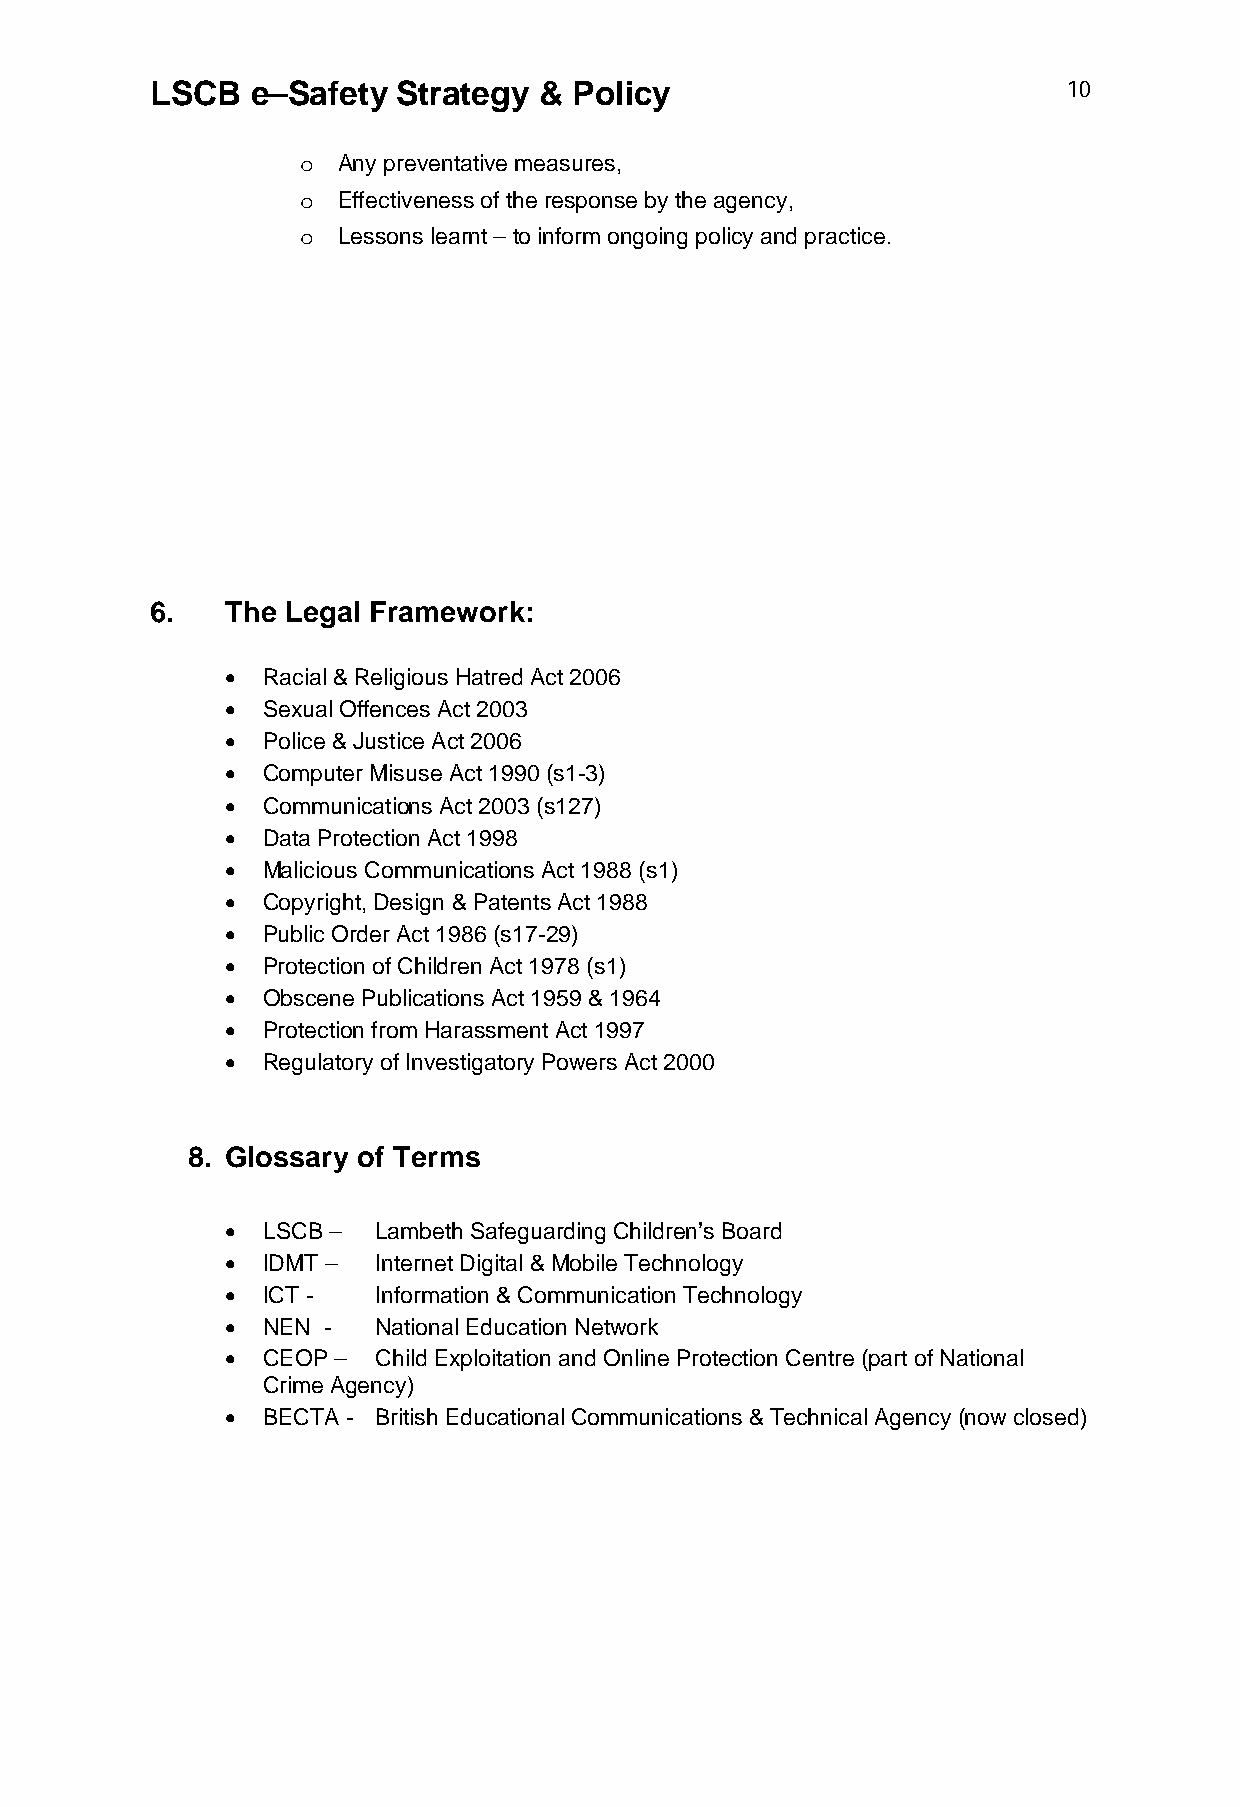
LSCB   e–Safety Strategy  & Policy                           10
 o Any preventative measures,
 o Effectiveness of the response by the agency,
 o Lessons learnt – to inform ongoing policy and practice.
 6.   The Legal Framework:
  Racial & Religious Hatred Act 2006
  Sexual Offences Act 2003
  Police & Justice Act 2006
  Computer Misuse Act 1990 (s1-3)
  Communications Act 2003 (s127)
  Data Protection Act 1998
  Malicious Communications Act 1988 (s1)
  Copyright, Design & Patents Act 1988
  Public Order Act 1986 (s17-29)
  Protection of Children Act 1978 (s1)
  Obscene Publications Act 1959 & 1964
  Protection from Harassment Act 1997
  Regulatory of Investigatory Powers Act 2000
 8. Glossary of Terms
  LSCB –  Lambeth Safeguarding Children’s Board
  IDMT –  Internet Digital & Mobile Technology
  ICT -   Information & Communication Technology
  NEN -   National Education Network
  CEOP –  Child Exploitation and Online Protection Centre (part of National
 Crime Agency)
  BECTA - British Educational Communications & Technical Agency (now closed)